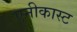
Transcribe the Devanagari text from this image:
एनीकास्ट